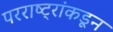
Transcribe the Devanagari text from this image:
परराष्ट्रांकडून